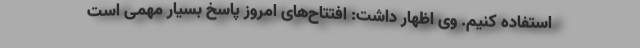
استفاده کنیم. وی اظهار داشت: افتتاح‌های امروز پاسخ بسیار مهمی است